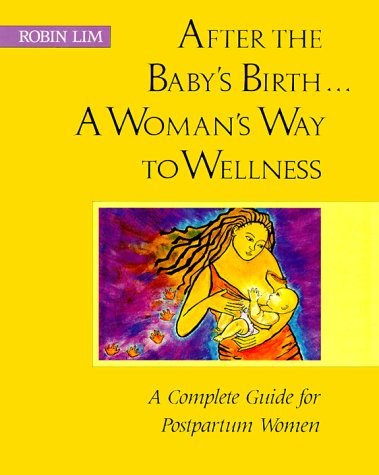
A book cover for After the Baby's Birth...A Woman's Way to Wellness: A Complete Guide for Postpartum Women; Robin Lim; Health, Fitness & Dieting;